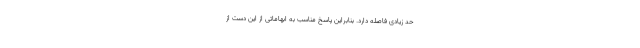
حد زیادی فاصله دارد. بنابراین پاسخ مناسب به ابهاماتی از این دست از